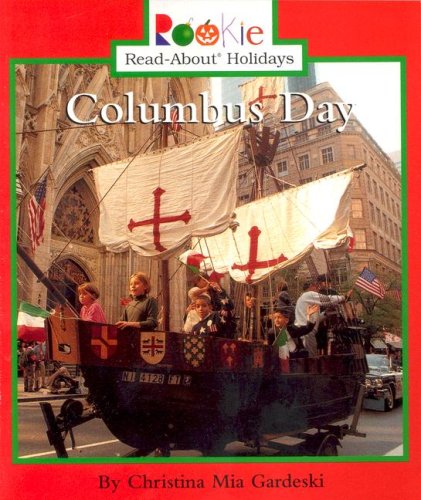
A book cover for Columbus Day (Rookie Read-About Holidays); Christina MIA Gardeski; Children's Books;